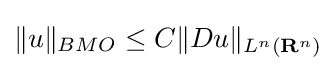
\|u\|_{BMO}\leq C\|Du\|_{L^{n}(\mathbf {R} ^{n})}